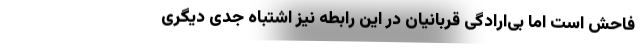
فاحش است اما بی‌ارادگی قربانیان در این رابطه نیز اشتباه جدی دیگری